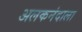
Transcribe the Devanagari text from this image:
अलकनंदाला